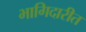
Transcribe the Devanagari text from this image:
भागिदारीत